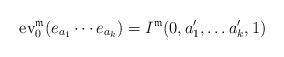
LaTeX: \begin{align*}{\rm ev}_{0}^{\mathfrak{m}}(e_{a_{1}}\cdots e_{a_{k}})=I^{\mathfrak{m}}(0,a_{1}',\dots a_{k}',1)\end{align*}